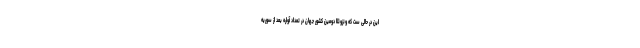
این در حالی ست که ونزوئلا دومین کشور جهان در تعداد آواره بعد از سوریه